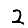
Digit: 2